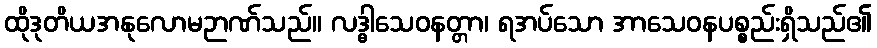
ထိုဒုတိယအနုလောမဉာဏ်သည်။ လဒ္ဓါသေဝနတ္တာ၊ ရအပ်သော အာသေဝနပစ္စည်းရှိသည်၏